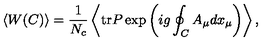
\left< W ( C ) \right> = \frac { 1 } { N _ { c } } \left< \mathrm { t r } { } P { } \exp \left( i g \oint _ { C } ^ { } A _ { \mu } d x _ { \mu } \right) \right> ,